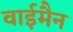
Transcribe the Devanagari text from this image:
वाईमैन